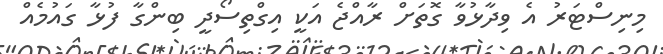
މިނިސްޓަރު އެ ވިދާޅުވާ ގޮތަށް ރާއްޖެ އަކީ އިގްތިސޯދީ ބިންގާ ފުޅާ ގައުމެއް